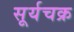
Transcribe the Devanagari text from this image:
सूर्यचक्र